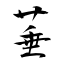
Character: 菙